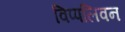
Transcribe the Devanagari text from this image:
विप्पलिवन